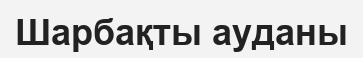
Шарбақты ауданы